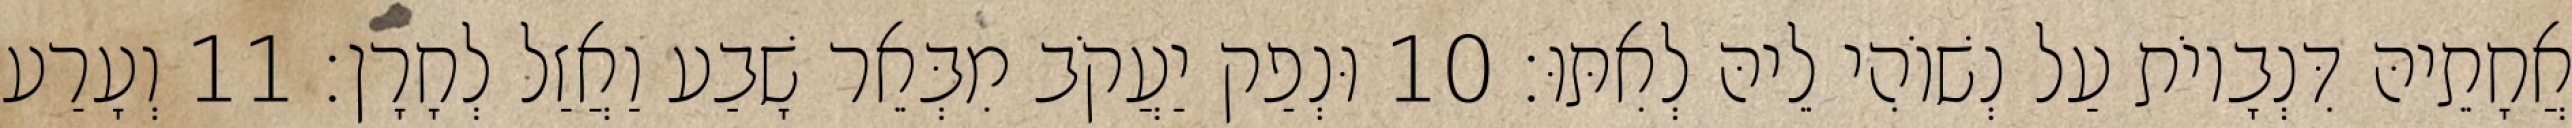
אֲחָתֵיהּ דִּנְבָיוֹת עַל נְשׁוֹהִי לֵיהּ לְאִתּוּ׃ 10 וּנְפַק יַעֲקֹב מִבְּאֵר שָׁבַע וַאֲזַל לְחָרָן׃ 11 וְעָרַע